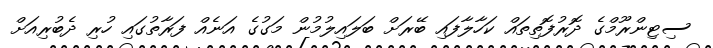
ސިޓިންރޫމްގެ ދޮރުފޮތިތައް ކަހާލާފައި ބޭރަށް ބަލައިލުމުން މަގުގެ އަނެއް ފަރާތުގައި ހުރި ދެބުރިއަށް